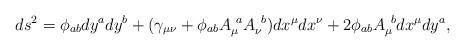
LaTeX: \begin{align*}ds^{2}=\phi_{a b}dy^{a}dy^{b} + (\gamma_{\mu\nu} + \phi_{a b}A_{\mu}^{\ a}A_{\nu}^{\ b})dx^{\mu}dx^{\nu} +2\phi_{a b}A_{\mu}^{\ b}dx^{\mu}dy^{a}, \end{align*}